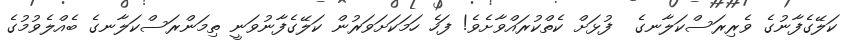
ކަލޭގެފާނުގެ ވެރިރަސްކަލާނގެ  ފުޅަށް ކެތްކުރައްވާށެވެ! ފަހެ ހަމަކަށަވަރުން ކަލޭގެފާނުވަނީ ތިމަންރަސްކަލާނގެ ބެއްލެވުމުގެ